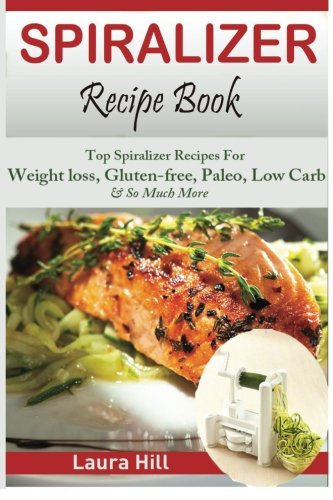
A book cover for Spiralizer Recipe Book: Ultimate Beginners guide to Vegetable Pasta Spiralizer: Top Spiralizer Recipes For Weight loss, Gluten-free, Paleo, Low Carb & ... for Paderno, Veggetti & Spaghetti Shredders!; Laura Hill; Cookbooks, Food & Wine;